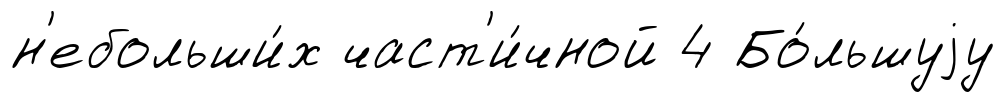
н'ебольши́х част'и́чной 4 Бо́льшуjу